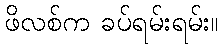
ဖိလစ်က ခပ်ရမ်းရမ်း။